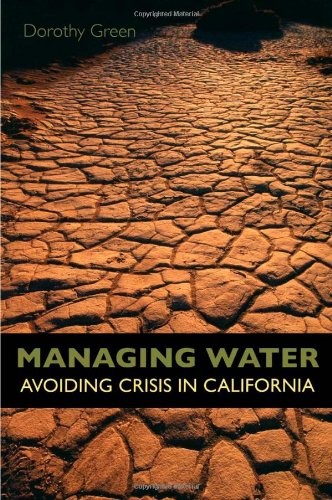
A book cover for Managing Water: Avoiding Crisis in California; Dorothy Green; Science & Math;